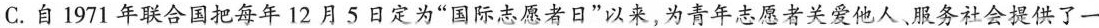
C.自1971年联合国把每年12月5日定为”国际志愿者日”以来，为青年志愿者关爱他人、服务社会提供了一